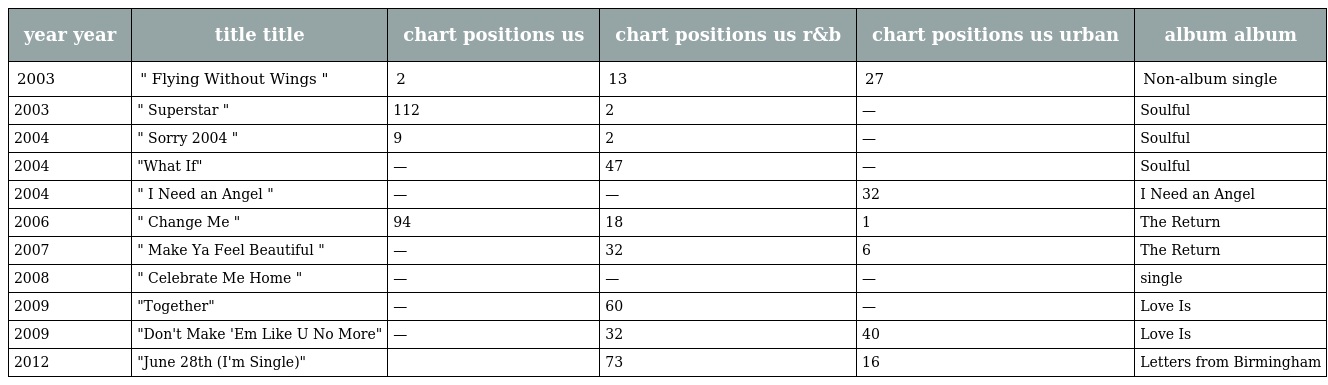
| year year | title title | chart positions us | chart positions us r&b | chart positions us urban | album album |
 | --- | --- | --- | --- | --- | --- |
 | 2003 | " Flying Without Wings " | 2 | 13 | 27 | Non-album single |
 | 2003 | " Superstar " | 112 | 2 | — | Soulful |
 | 2004 | " Sorry 2004 " | 9 | 2 | — | Soulful |
 | 2004 | "What If" | — | 47 | — | Soulful |
 | 2004 | " I Need an Angel " | — | — | 32 | I Need an Angel |
 | 2006 | " Change Me " | 94 | 18 | 1 | The Return |
 | 2007 | " Make Ya Feel Beautiful " | — | 32 | 6 | The Return |
 | 2008 | " Celebrate Me Home " | — | — | — | single |
 | 2009 | "Together" | — | 60 | — | Love Is |
 | 2009 | "Don't Make 'Em Like U No More" | — | 32 | 40 | Love Is |
 | 2012 | "June 28th (I'm Single)" |  | 73 | 16 | Letters from Birmingham |